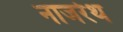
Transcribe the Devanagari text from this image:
नाजरेथ